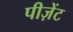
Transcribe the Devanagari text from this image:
पीज़ेंट